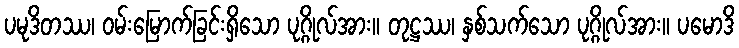
ပမုဒိတဿ၊ ဝမ်းမြောက်ခြင်းရှိသော ပုဂ္ဂိုလ်အား။ တုဋ္ဌဿ၊ နှစ်သက်သော ပုဂ္ဂိုလ်အား။ ပမောဒိ